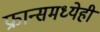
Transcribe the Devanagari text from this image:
फ्रान्समध्येही